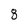
Character: 8